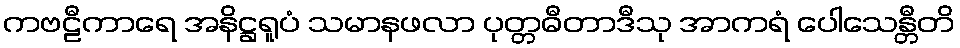
ကဗဠီကာရေ အနိဋ္ဌရူပံ သမာနဖလာ ပုတ္တဓီတာဒီသု အာကရံ ပေါသေန္တီတိ